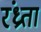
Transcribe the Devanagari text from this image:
रंध्रता